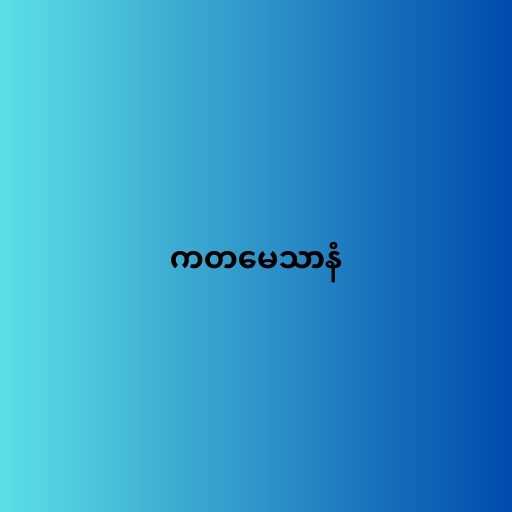
ကတမေသာနံ